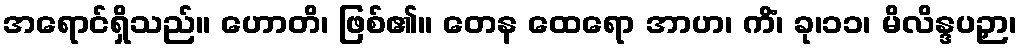
အရောင်ရှိသည်။ ဟောတိ၊ ဖြစ်၏။ တေန ထေရော အာဟ၊ ကိံ၊ ခု၊၁၁၊ မိလိန္ဒပဉှာ၊